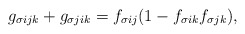
\begin{align*}g_{\sigma ijk} + g_{\sigma jik}= f_{\sigma ij}(1 - f_{\sigma ik} f_{\sigma jk}),\end{align*}